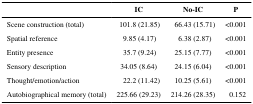
|  | IC | No-IC | P |
 | --- | --- | --- | --- |
 | Scene construction (total) | 101.8 (21.85) | 66.43 (15.71) | <0.001 |
 | Spatial reference | 9.85 (4.17) | 6.38 (2.87) | <0.001 |
 | Entity presence | 35.7 (9.24) | 25.15 (7.77) | <0.001 |
 | Sensory description | 34.05 (8.64) | 24.15 (6.04) | <0.001 |
 | Thought/emotion/action | 22.2 (11.42) | 10.25 (5.61) | <0.001 |
 | Autobiographical memory (total) | 225.66 (29.23) | 214.26 (28.35) | 0.152 |